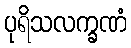
ပုရိသလက္ခဏံ